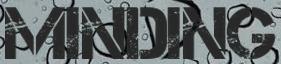
MINDING